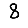
Digit: 8